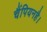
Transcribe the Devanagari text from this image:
चैंपियनहै।